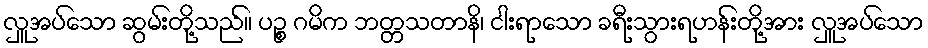
လှူအပ်သော ဆွမ်းတို့သည်။ ပဉ္စ ဂမိက ဘတ္တသတာနိ၊ ငါးရာသော ခရီးသွားရဟန်းတို့အား လှူအပ်သော